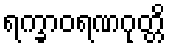
ရက္ခာဝရဏဂုတ္တိ